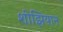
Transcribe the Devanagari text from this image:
शीझियान